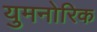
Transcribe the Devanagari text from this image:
युमनोरिक